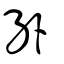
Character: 𠊛